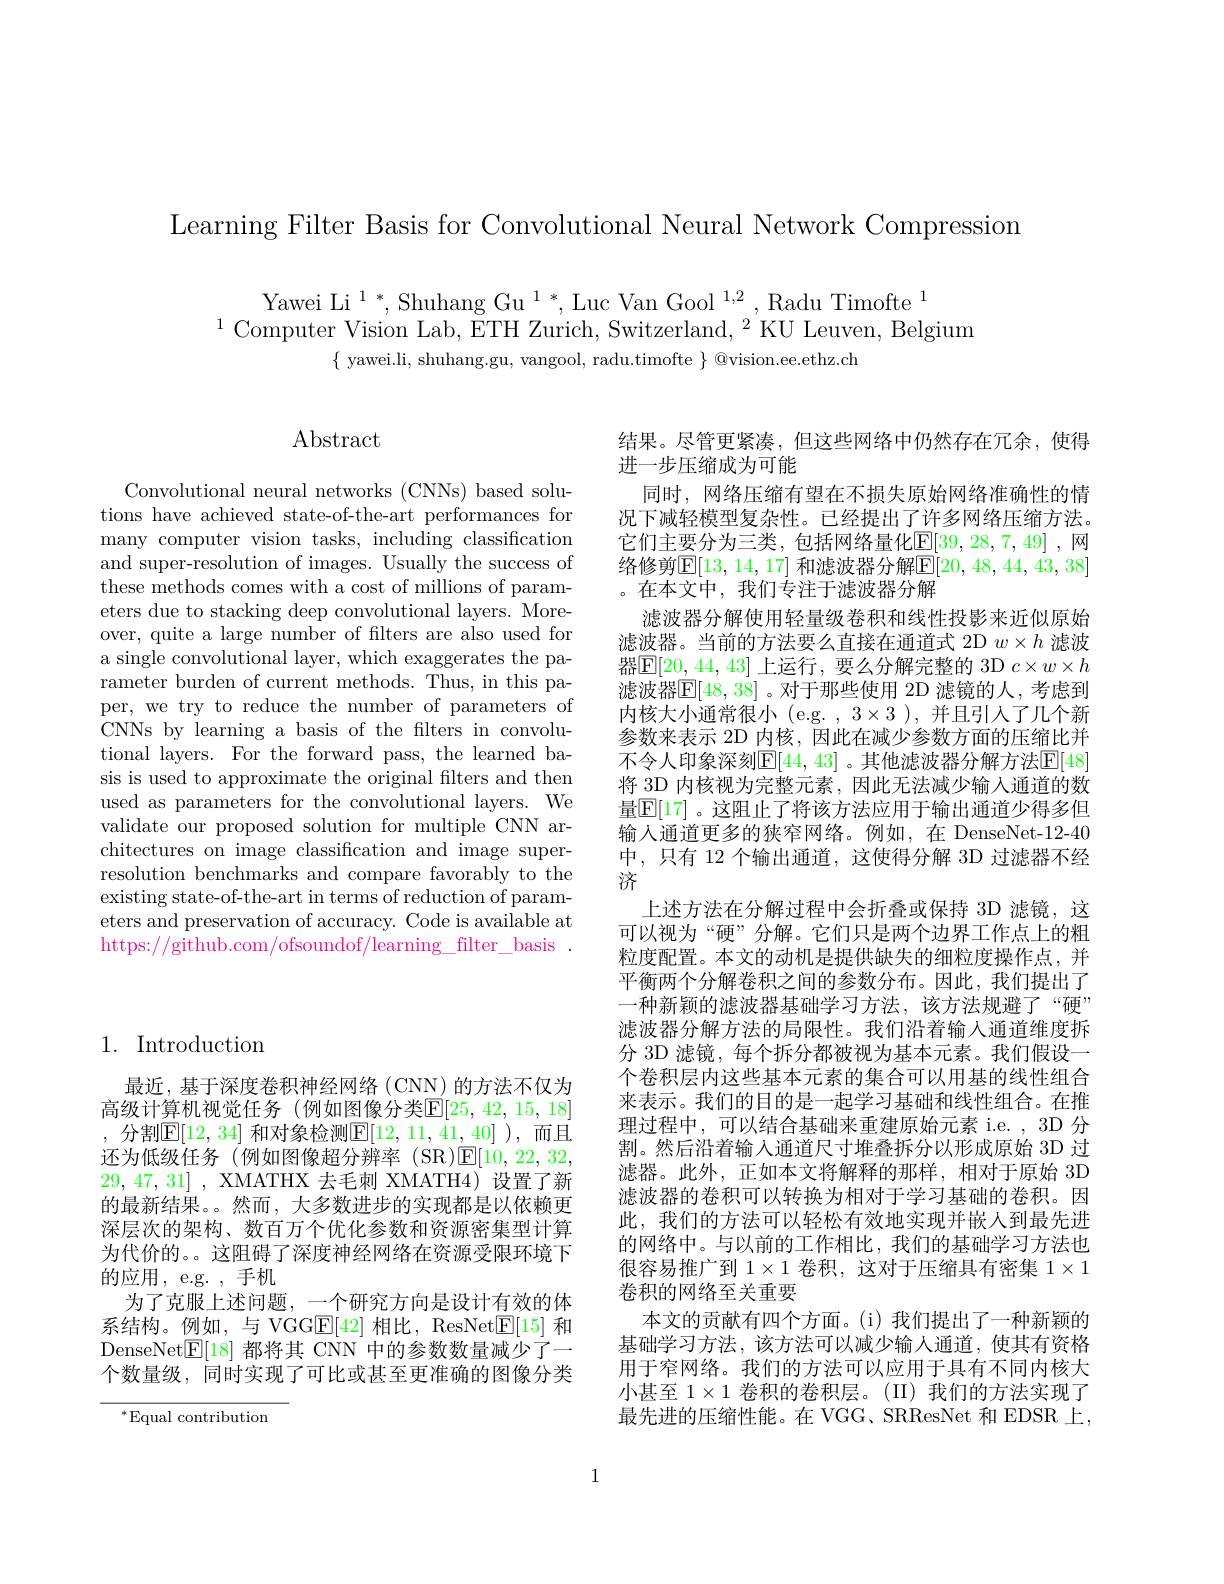
Learning Filter Basis for Convolutional Neural Network Compression

Yawei Li$^1*$,Shuhang Gu$^1*$,Luc Van Gool$^{1,2}$,Radu Timofte$^1$
$^{1}$Computer Vision Lab, ETH Zurich, Switzerland, $^2$KU Leuven, Belgium
$\{$ yawei.li, shuhang.gu, vangool, radu.timofte $\}$ @vision.ee.ethz.ch

## $\operatorname{Abstract}$

Convolutional neural networks (CNNs) based solutions have achieved state-of-the-art performances for many computer vision tasks, including classification and super-resolution of images. Usually the success of these methods comes with a cost of millions of parameters due to stacking deep convolutional layers. Moreover, quite a large number of filters are also used for a single convolutional layer, which exaggerates the parameter burden of current methods. Thus, in this paper, we try to reduce the number of parameters of CNNs by learning a basis of the flters in convolutional layers. For the forward pass, the learned basis is used to approximate the original filters and then used as parameters for the convolutional layers. We validate our proposed solution for multiple CNN architectures on image classification and image superresolution benchmarks and compare favorably to the existing state-of-the-art in terms of reduction of parameters and preservation of accuracy. Code is available at https://github.com/ofsoundof/learning\_filter\_basis~.

## 1. Introduction

最近，基于深度卷积神经网络(CNN)的方法不仅为高级计算机视觉任务(例如图像分类$\mathbb{E}[25,42,15,18]$ , 分割$\mathbb{E}[12,34]$ 和对象检测$\mathbb{E}[12,11,41,40]$ ),而且还为低级任务(例如图像超分辨率(SR)回[10,22,32, 29, 47, 31] , XMATHX 去毛刺 XMATH4)设置了新的最新结果。然而，大多数进步的实现都是以依赖更深层次的架构、数百万个优化参数和资源密集型计算为代价的。。这阻碍了深度神经网络在资源受限环境下的应用，e.g. ,手机
为了克服上述问题，一个研究方向是设计有效的体系结构。例如，与 VGGE[42]相比，ResNetE[15]和DenseNet$\boxed{\mathrm{E}}[18]$都将其 CNN 中的参数数量减少了一个数量级，同时实现了可比或甚至更准确的图像分类

$^{*}$Equal contribution

结果。尽管更紧凑，但这些网络中仍然存在冗余，使得
进一步压缩成为可能
同时，网络压缩有望在不损失原始网络准确性的情况下减轻模型复杂性。已经提出了许多网络压缩方法。它们主要分为三类，包括网络量化$\mathbb{E}[39,28,7,49]$ ,网络修剪$\mathbb{E}[13,14,17]$ 和滤波器分解$\mathbb{E}[20,48,44,43,38]$ 。在本文中，我们专注于滤波器分解
滤波器分解使用轻量级卷积和线性投影来近似原始滤波器。当前的方法要么直接在通道式 2D $w\times h$滤波器$\mathbb{E}[20,44,43]$ 上运行，要么分解完整的 3D $c\times w\times h$ 滤波器$\mathbb{E}[48,38]$ 。对于那些使用 2D 滤镜的人，考虑到内核大小通常很小(e.g.,3$\times3),并且引入了几个新$ 参数来表示 2D 内核，因此在减少参数方面的压缩比并不令人印象深刻$\mathbb{E}[44,43]$ 。其他滤波器分解方法$\mathbb{E}[48]$ 将 3D 内核视为完整元素，因此无法减少输入通道的数量$\mathbb{E}[17]$。这阻止了将该方法应用于输出通道少得多但输入通道更多的狭窄网络。例如，在 DenseNet-12-40中，只有 12 个输出通道，这使得分解 3D 过滤器不经济
上述方法在分解过程中会折叠或保持 3D 滤镜，这可以视为“硬”分解。它们只是两个边界工作点上的粗粒度配置。本文的动机是提供缺失的细粒度操作点，并平衡两个分解卷积之间的参数分布。因此，我们提出了一种新颖的滤波器基础学习方法，该方法规避了“硬” 滤波器分解方法的局限性。我们沿着输入通道维度拆分 3D 滤镜，每个拆分都被视为基本元素。我们假设一个卷积层内这些基本元素的集合可以用基的线性组合来表示。我们的目的是一起学习基础和线性组合。在推理过程中，可以结合基础来重建原始元素 i.e. 3D 分割。然后沿着输人通道尺寸堆叠拆分以形成原始 3D 过滤器。此外，正如本文将解释的那样，相对于原始 3D 滤波器的卷积可以转换为相对于学习基础的卷积。因此，我们的方法可以轻松有效地实现并嵌入到最先进的网络中。与以前的工作相比，我们的基础学习方法也很容易推广到$1\times1$卷积，这对于压缩具有密集$1\times1$ 卷积的网络至关重要
本文的贡献有四个方面。(i)我们提出了一种新颖的基础学习方法，该方法可以减少输入通道，使其有资格用于窄网络。我们的方法可以应用于具有不同内核大小甚至$1\times1$卷积的卷积层。(II)我们的方法实现了最先进的压缩性能。在 VGG、SRResNet 和 EDSR 上，

1